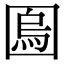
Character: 𡈎